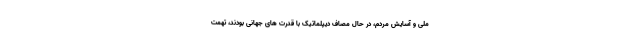
ملی و آسایش مردم، در حال مصاف دیپلماتیک با قدرت های جهانی بودند، تهمت